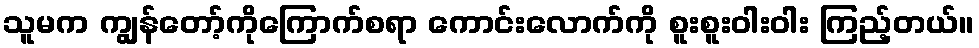
သူမက ကျွန်တော့်ကိုကြောက်စရာ ကောင်းလောက်ကို စူးစူးဝါးဝါး ကြည့်တယ်။